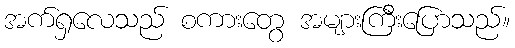
အက်ရှလေသည် စကားတွေ အများကြီးပြောသည်။